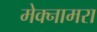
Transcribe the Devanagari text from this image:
मेक्नामरा